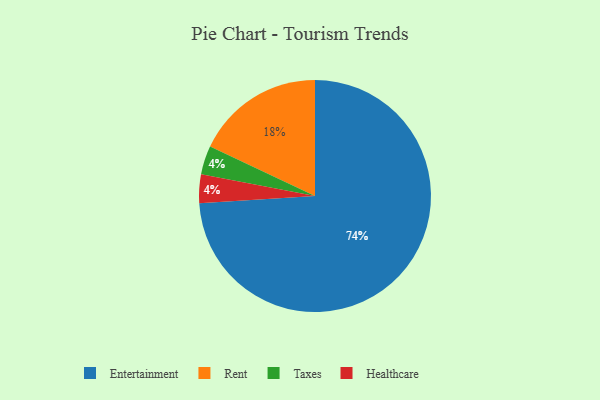
{"axis": {"x": "Category", "y": "Percentage"}, "legend": ["Entertainment", "Healthcare", "Rent", "Taxes"], "data": [{"x": "Rent", "y": 18, "type": "Rent"}, {"x": "Taxes", "y": 4, "type": "Taxes"}, {"x": "Entertainment", "y": 74, "type": "Entertainment"}, {"x": "Healthcare", "y": 4, "type": "Healthcare"}]}